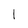
Character: 1